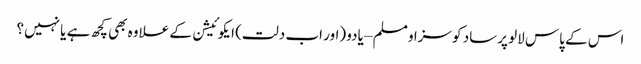
اس کے پاس لالو پرساد کو سزا و مسلم – یادو (اور اب دلت) ایکوئیشن کے علاوہ بھی کچھ ہے یا نہیں؟